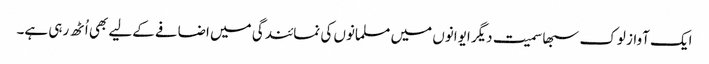
ایک آواز لوک سبھا سمیت دیگر ایوانوں میں مسلمانوں کی نمائندگی میں اضافے کےلیے بھی اُٹھ رہی ہے۔